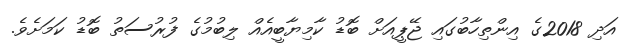
އަދި 2018ގެ އިންތިހާބުގައި ޖޭޕީއަށް ބޮޑު ކާމިޔާބީއެއް ލިބުމުގެ ފުރުސަތު ބޮޑު ކަމަށެވެ.